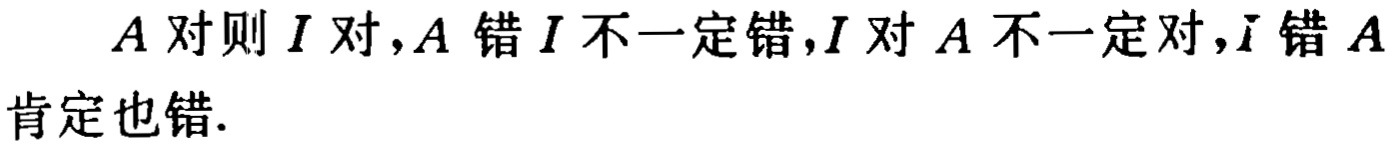
$A\text{ 对则 }I\text{ 对},A\text{ 错 }I\text{ 不一定错},I\text{ 对 }A\text{ 不一定对},\bar{I}\text{ 错 }A\text{ 肯定也错}.$